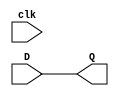
//Create a D flipflop  and D Latch without Reset using Behavioural modeling
module D_flipflop_WoReset(D,clk,Q);
   input D,clk;
   output Q;
   reg Q;
   wire D,clk;
   
   //always @(posedge clk) // D flip flop 
   
   always @(clk or D) // D Latch 
   begin
     Q <= D;
     
   end
 endmodule